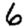
Digit: 6